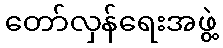
တော်လှန်ရေးအဖွဲ့